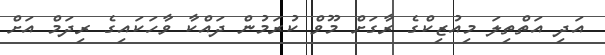
އަދި އަތްތިލަ މިއުޒިކްގެ ރާގަށް މޫވް ކުރަމުން ދައްކާ ވާހަކައިގެ ރިދަމް އަށް